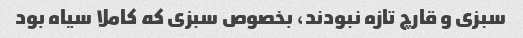
سبزی و قارچ تازه نبودند، بخصوص سبزی که کاملا سیاه بود